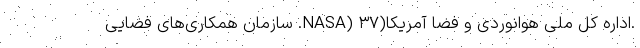
.ادارهٔ کل ملی هوانوردی و فضا آمریکا(NASA) ۳۷. سازمان همکاری‌های فضایی